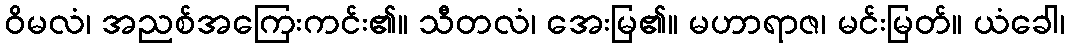
ဝိမလံ၊ အညစ်အကြေးကင်း၏။ သီတလံ၊ အေးမြ၏။ မဟာရာဇ၊ မင်းမြတ်။ ယံခေါ၊